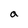
Character: a